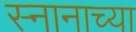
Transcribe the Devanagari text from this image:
स्नानाच्या